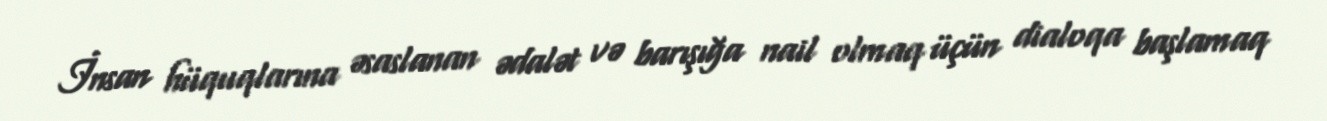
İnsan hüquqlarına əsaslanan ədalət və barışığa nail olmaq üçün dialoqa başlamaq